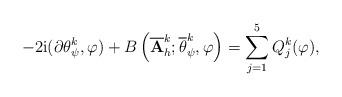
LaTeX: \begin{align*} {\displaystyle -2\mathrm{i}(\partial \theta^{k}_{\psi},\varphi)+B\left(\overline{\mathbf{A}}^{k}_{h};\overline{\theta}_{\psi}^{k},\varphi\right) =\sum\limits_{j=1}^5 Q_j^{k}(\varphi),} \end{align*}